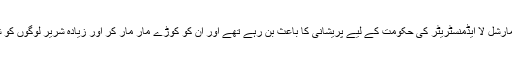
بہرحال ان ملک دشمن عناصر کی صالحین نے خوب گوشمالی کی جو کہ چیف مارشل لا ایڈمنسٹریٹر کی حکومت کے لیے پریشانی کا باعث بن رہے تھے اور ان کو کوڑے مار مار کر اور زیادہ شریر لوگوں کو شاہی قلعے کے عقوبت خانے میں بند کر کے ان کی حب الوطنی درست کر دی۔